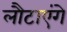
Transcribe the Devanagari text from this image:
लौटाएंगे